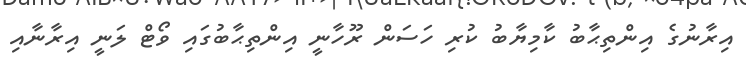
އިރާނުގެ އިންތިޙާބު ކާމިޔާބު ކުރި ހަސަން ރޫހާނީ އިންތިޙާބުގައި ވޯޓް ލަނީ އިރާނާއި